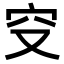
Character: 𥤦